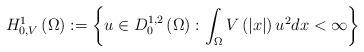
LaTeX: \begin{align*}H_{0,V}^{1}\left( \Omega \right) :=\left\{ u\in D_{0}^{1,2}\left( \Omega\right) :\int_{\Omega }V\left( \left| x\right| \right) u^{2}dx<\infty\right\} \end{align*}